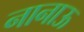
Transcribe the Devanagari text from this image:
नानाऊ